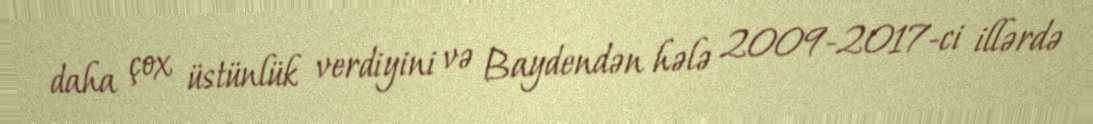
daha çox üstünlük verdiyini və Baydendən hələ 2009-2017-ci illərdə